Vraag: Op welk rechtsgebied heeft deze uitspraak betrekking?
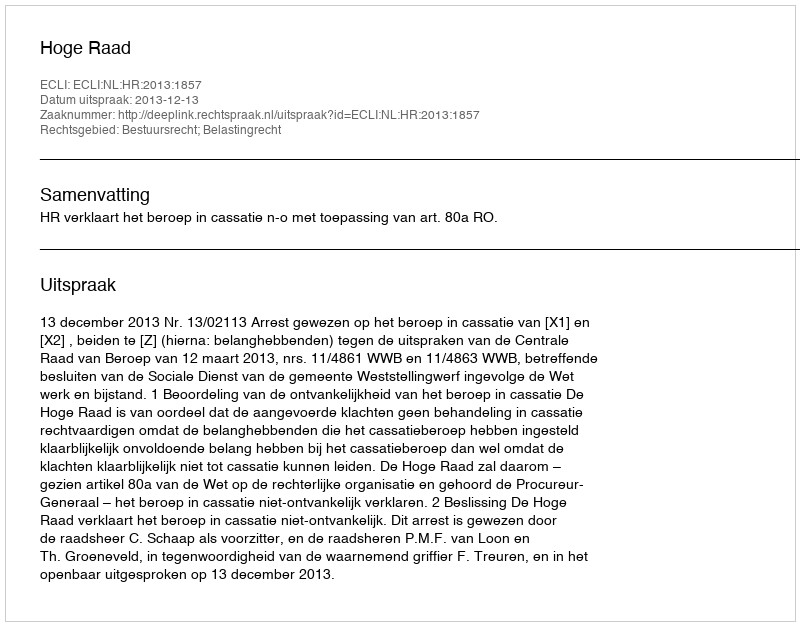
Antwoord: Bestuursrecht; Belastingrecht